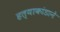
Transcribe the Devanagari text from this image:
हत्याकांडाने